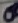
Text: 8